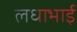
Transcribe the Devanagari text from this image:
लधाभाई